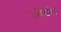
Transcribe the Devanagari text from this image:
जोडो।